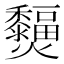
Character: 𤓞